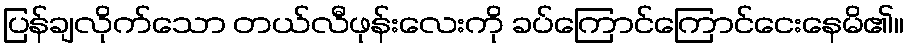
ပြန်ချလိုက်သော တယ်လီဖုန်းလေးကို ခပ်ကြောင်ကြောင်ငေးနေမိ၏။